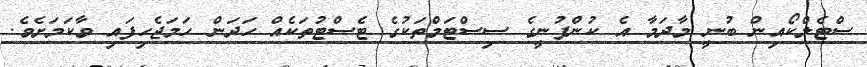
ސްޓެލްކޯއިން ބުނީ މާދަމާ އެ ކުންފުނީގެ ސިސްޓަމްތަކުގެ ޓެސްޓުތަކެއް ހަދަން ހަމަޖެހިފައި ވާކަމަށެވެ.